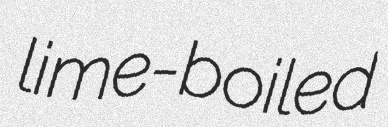
lime-boiled